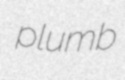
plumb